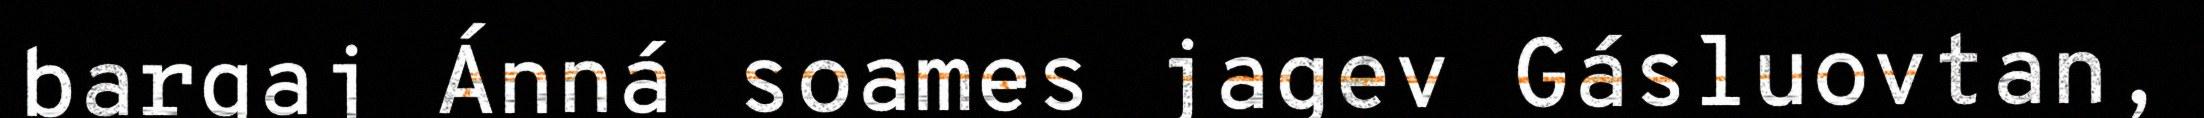
bargaj Ánná soames jagev Gásluovtan,